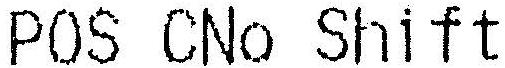
POS CNO SHIFT